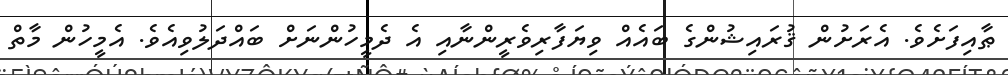
ޠާއިފަށެވެ. އެރަށުން ޤުރައިޝުންގެ ބައެއް ވިޔަފާރިވެރީންނާއި އެ ދެމީހުންނަށް ބައްދަލުވިއެވެ. އެމީހުން މާތް